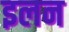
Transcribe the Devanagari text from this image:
इलन